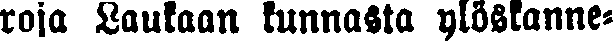
roja Laukaan kunnasta ylöskanne-